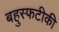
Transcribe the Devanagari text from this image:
बहुस्फटीकी